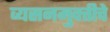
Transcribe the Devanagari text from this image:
व्यसनमुक्‍तीचे